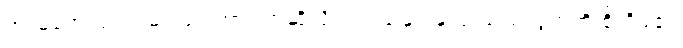
အာမခံအလုပ်သမားများအား ဟုဆိုလိုက်သည်နှင့် နှလုံးသည်းပွတ်ကို စိုးရိမ်၏